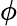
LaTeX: \phi